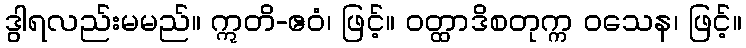
ဒွါရလည်းမမည်။ ဣတိ-ဧဝံ၊ ဖြင့်။ ဝတ္ထာဒိစတုက္က ဝသေန၊ ဖြင့်။